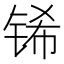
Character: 𮸌